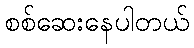
စစ်ဆေးနေပါတယ်